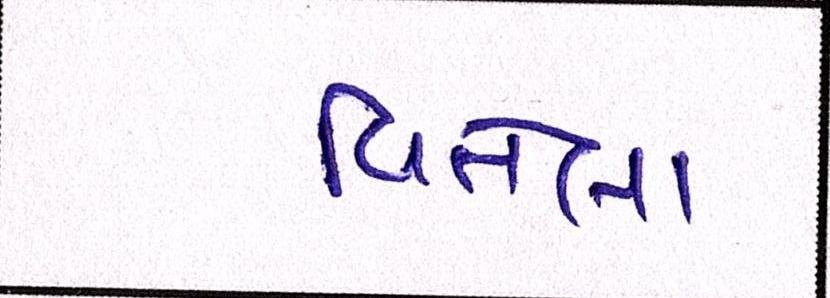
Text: વિતેલા